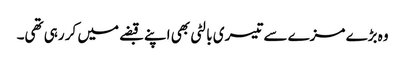
وہ بڑے مزے سے تیسری بالٹی بھی اپنے قبضے میں کر رہی تھی۔